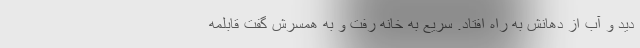
دید و آب از دهانش به راه افتاد. سریع به خانه رفت و به همسرش گفت قابلمه